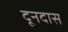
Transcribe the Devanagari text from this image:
दूनदास